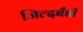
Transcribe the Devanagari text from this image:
जिल्दबँधी